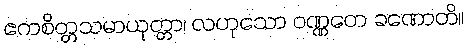
ဧကစိတ္တသမာယုတ္တာ၊ လဟုသော ဝဏ္ဏတေ ခဏောတိ။